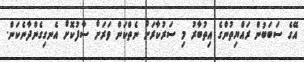
އޭގެ ސަބަބުން ރައްޔިތުންގެ އިތުބާރު މި ސަރުކާރަށް ނެތްކަން ވަރަށް ސާފުކޮށް އެނގިގެންދާނެކަން.